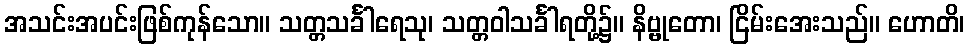
အသင်းအပင်းဖြစ်ကုန်သော။ သတ္တသင်္ခါရေသု၊ သတ္တဝါသင်္ခါရတို့၌။ နိဗ္ဗုတော၊ ငြိမ်းအေးသည်။ ဟောတိ၊